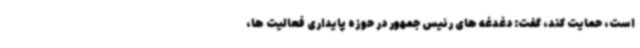
است، حمایت کند، گفت: دغدغه های رئیس جمهور در حوزه پایداری فعالیت ها،